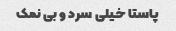
پاستا خیلی سرد و بی نمک